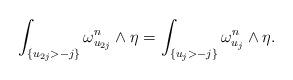
LaTeX: \begin{align*}\int_{\{u_{2j}>-j\}} \omega_{u_{2j}}^n\wedge \eta=\int_{\{u_{j}>-j\}} \omega_{u_{j}}^n\wedge \eta.\end{align*}